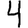
Digit: 4